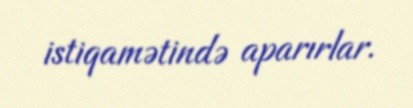
istiqamətində aparırlar.